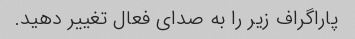
پاراگراف زیر را به صدای فعال تغییر دهید.